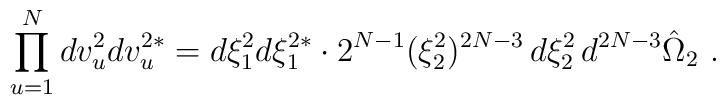
\prod_{u=1}^N dv_u^2dv_u^{2*}=d\xi_1^2d\xi_1^{2*}\cdot2^{N-1}(\xi_2^2)^{2N-3}\,d\xi_2^2\,d^{2N-3}\hat\Omega_2\ .